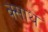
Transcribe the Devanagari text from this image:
क्साथ